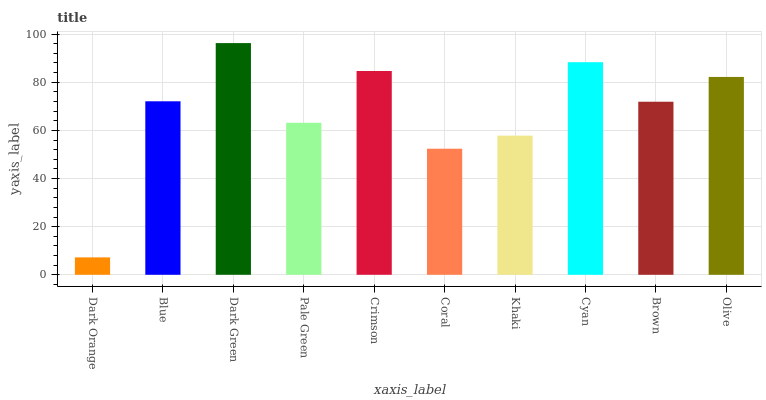
| xaxis_label | bars |
 | --- | --- |
 | Dark Orange | 7.23 |
 | Blue | 72.1 |
 | Dark Green | 96.3 |
 | Pale Green | 63.2 |
 | Crimson | 84.7 |
 | Coral | 52.4 |
 | Khaki | 57.8 |
 | Cyan | 88.3 |
 | Brown | 71.9 |
 | Olive | 82.2 |